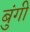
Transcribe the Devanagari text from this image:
बुंगी